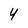
Character: 4